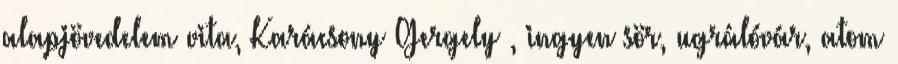
alapjövedelem vita, Karácsony Gergely , ingyen sör, ugrálóvár, atom